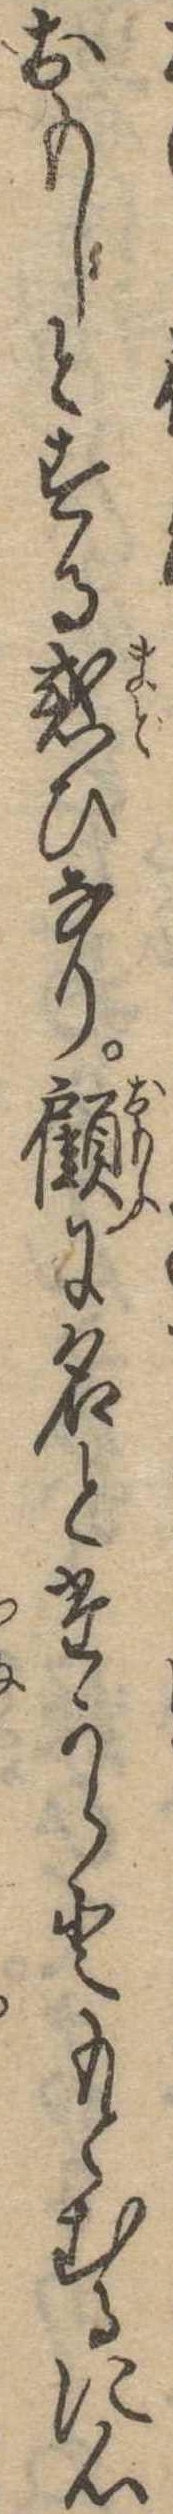
おもしとする惑ひなり顧に名とたからともとむるに心